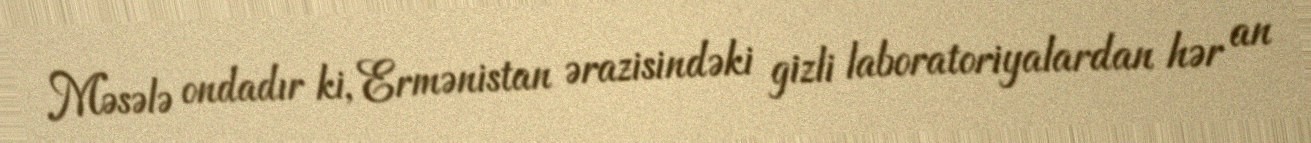
Məsələ ondadır ki, Ermənistan ərazisindəki gizli laboratoriyalardan hər an